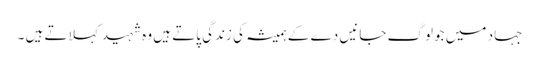
جہاد میں جو لوگ جانیں دے کے ہمیشہ کی زندگی پاتے ہیں وہ شہید کہلاتے ہیں ۔